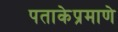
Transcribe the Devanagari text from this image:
पताकेप्रमाणे